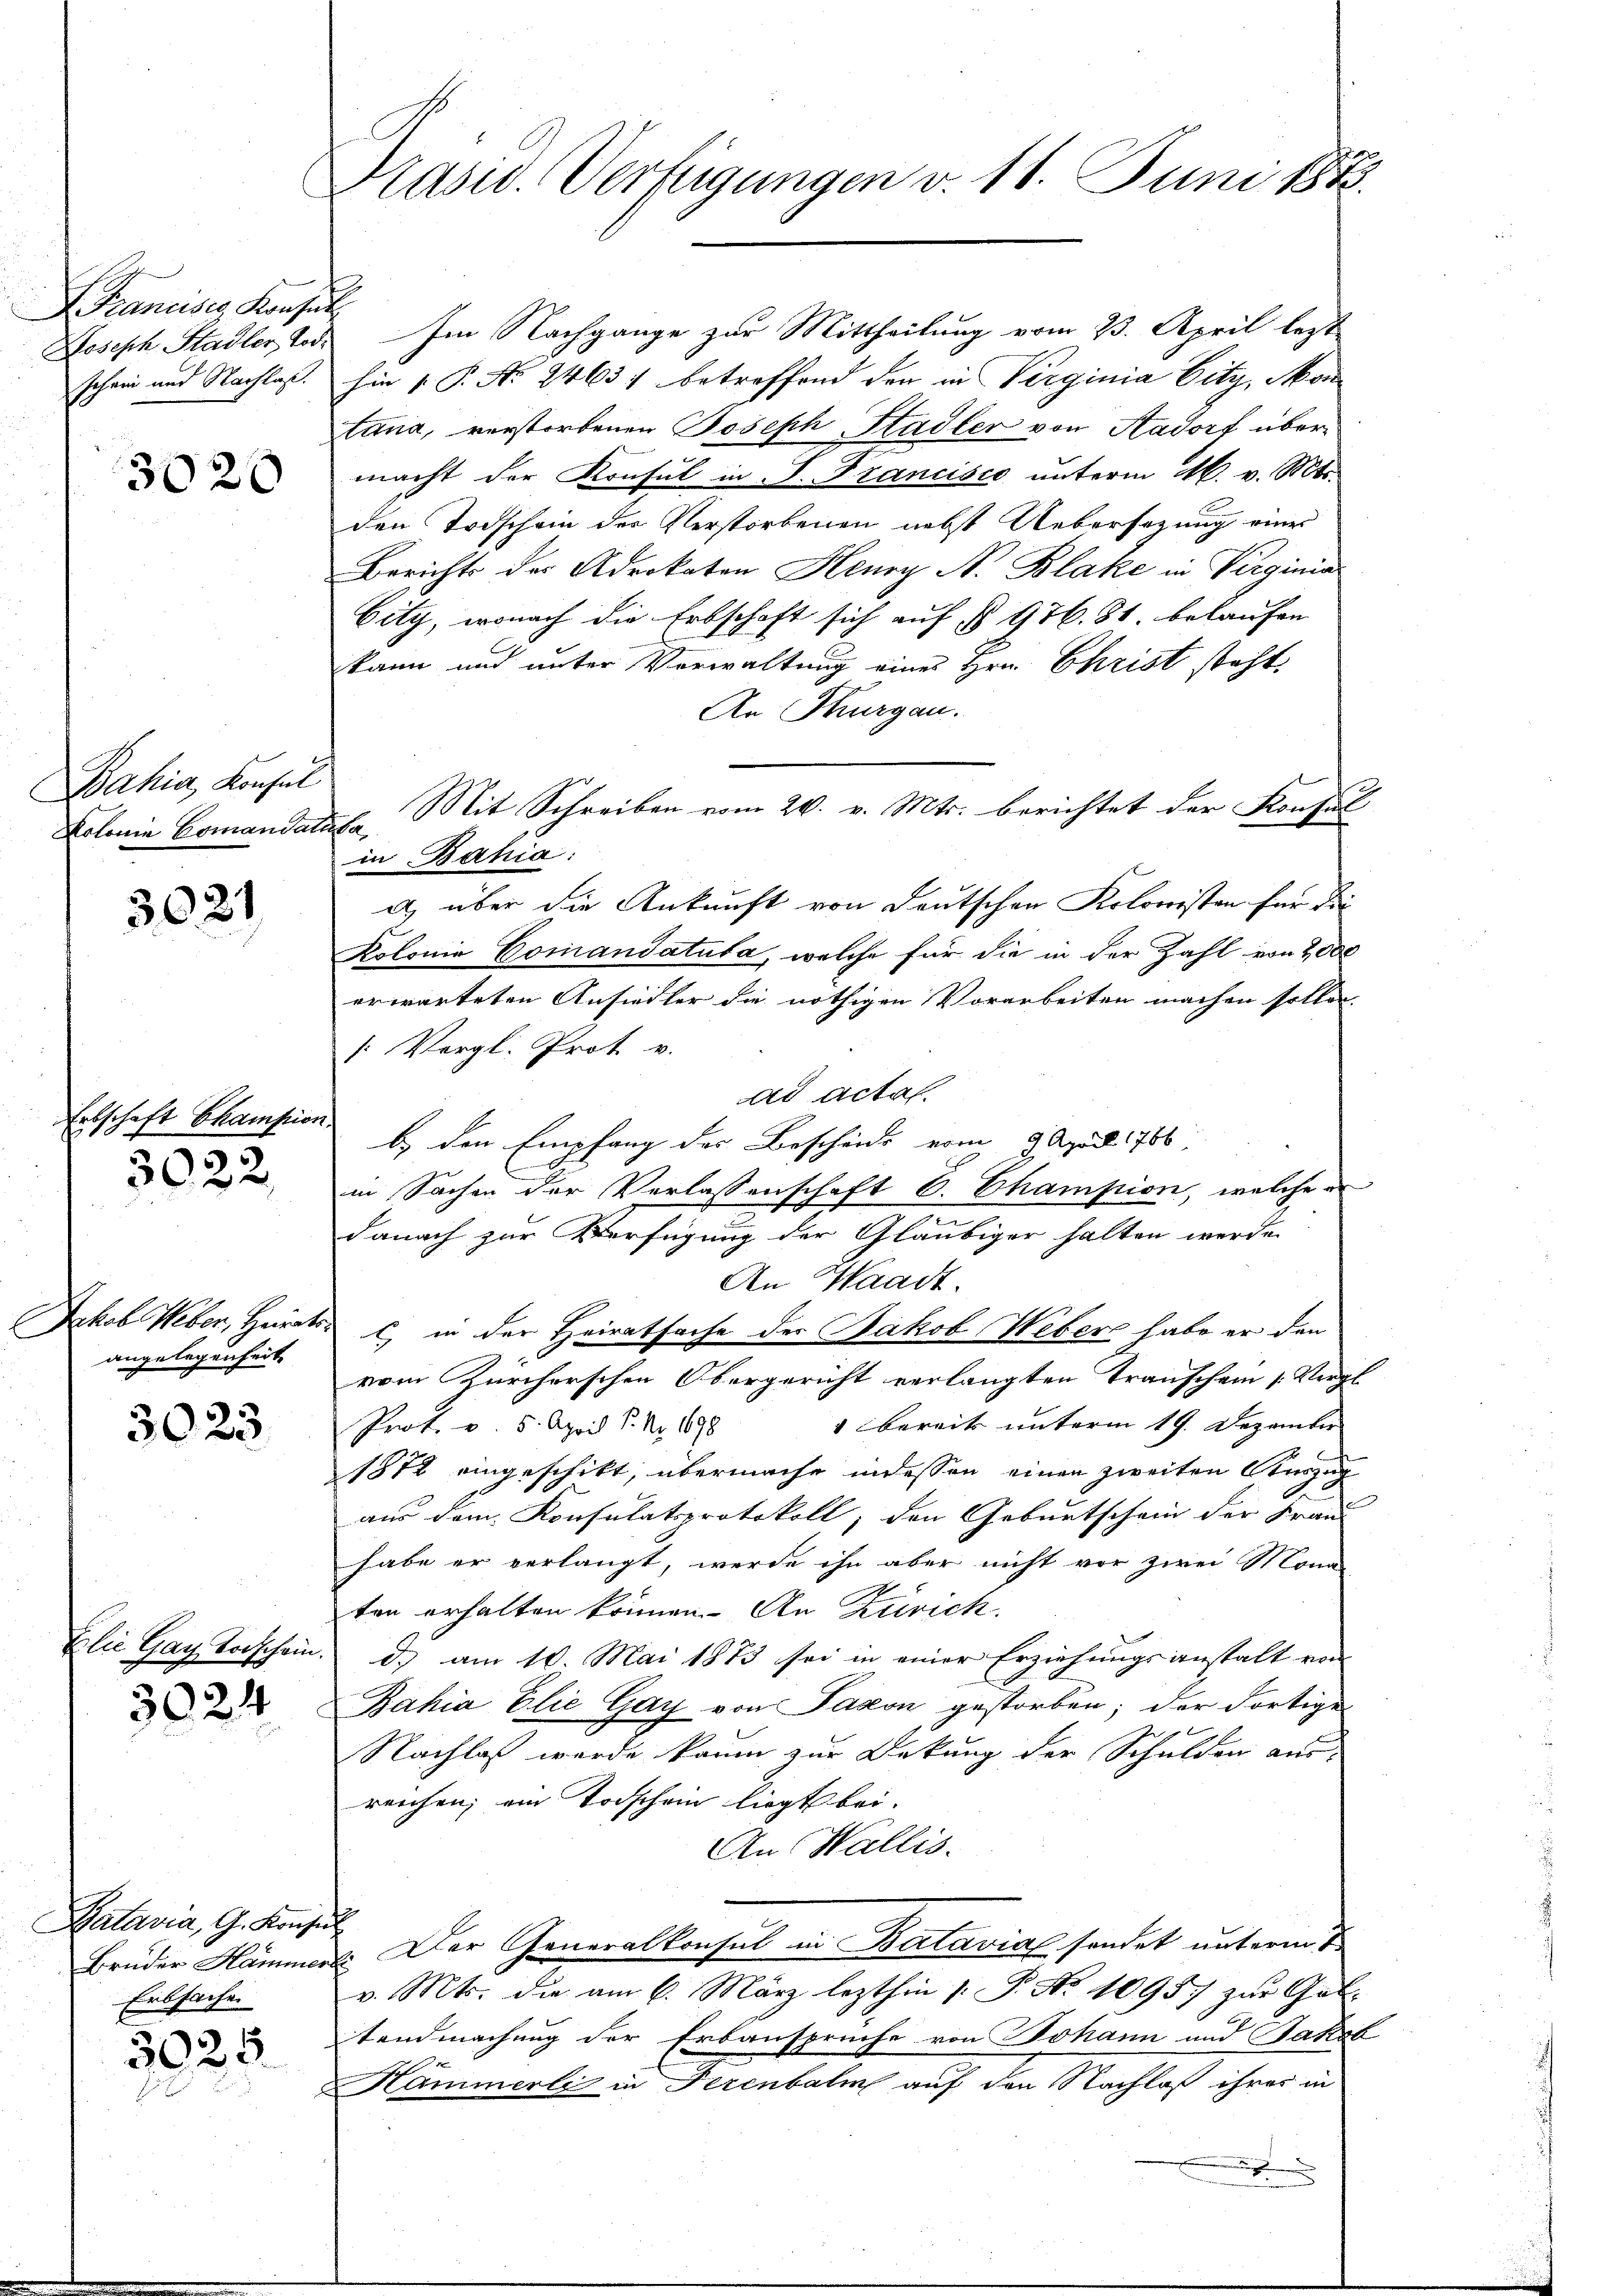
Francises Konsen
Joseph Stadler Tode
schein und Nachlaß.

3020

Bahia, Konsul
Kolonie Comandati

3021

Erbschaft Champion

3022

Jakob Weber, Heirat
angelegenheit.

3023.

Elie Gag Vorschein.

3024

Batavia, G. Konsin
Bruder Hammer
Erbsache

3025.

Drasu. Verfügungen d. 11. Juni 1873.

Im Nachgange zur Mittheilung vom 23. April lezt
hin 1. P. Nr. 2463) betreffend der in Verginia Eity, Mon
tana, verstorbenen Joseph Stadler von Aadorf übermacht der Konsul in S. Francisco unterm 16. v. Mts.
den Todschein des Verstorbenen nebst Uebersezung eines
Berichts des Advokaten Henry N. Blake in Virginia
bity, wonach die Erbschaft sich auf § 976. 81. belaufen
kann und unter Vorwaltung eines Hrn. Christ steht
An Thurgau.
Mit Schreiben vom 20. v. Mts. berichtet der Konsul
1
in Bahia:
a) über die Ankunft von deutschen Kolonisten für die
Kolonia Gomandatuba, welche für die in der Zahl von 2000
erwarteten Ansiedler die nöthigen Vorarbeiten machen sollen.
[Vergl. Prot v.
ad actal.
b. den Empfang des Bescheide vom 9. April 1786.
in Sachen der Verlassenschaft 6. Champion, welche er
danach zur Verfügung der Gläubiger halten werde.
An Waadt.
, in der Heiratsache der Jakob Weber habe er den
vom Zürcherschen Obergericht verlangten Transchein (Vergl
 bereits unterm 19. Dezember
Prof. v. 5. April 1. No. 1898
1872 eingeschikt, übermache indessen einen zweiten Auszug
aus dem Konsulatsprotokoll, den Geburtschein der Frau
habe er verlangt, werde ihn aber nicht vor zwei Mona
ten erhalten können. An Zürich.
d.) am 10. Mai 1873 sei in einer Erziehungsanstalt von
Bahia Elie Gay von Saxon gestorben; der dortige
Nachlaß werde kaum zur Dekung der Schulden aus-
reichen; ein Vorschein liegt bei.
An Wallis.
2. Der Generalkonsul in Batavial sondet unterm 1
v. Mts. die am 6. März lezthin |: P. Nr. 10957 zur Göt-
tendmachung der Erbansprüche von Johann und Jakob
Hammerli in Frenbalm auf den Nachlaß ihres in
x